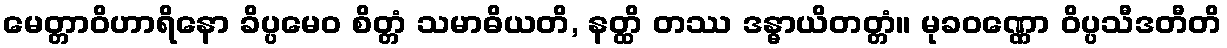
မေတ္တာဝိဟာရိနော ခိပ္ပမေဝ စိတ္တံ သမာဓိယတိ, နတ္ထိ တဿ ဒန္ဓာယိတတ္တံ။ မုခဝဏ္ဏော ဝိပ္ပသီဒတီတိ